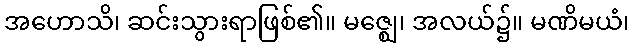
အဟောသိ၊ ဆင်းသွားရာဖြစ်၏။ မဇ္ဈေ၊ အလယ်၌။ မဏိမယံ၊